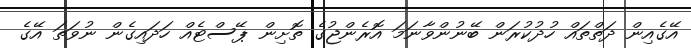
އޭގެއިން ދަތްތައް ހުދުކުރަން ބޭނުންވާނަމަ އޮރެންޖުގެ ތޮށިން ޕޭސްޓެއް ހަދައިގެން ނުވަތަ އޭގެ